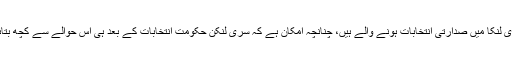
تاہم سری لنکا میں صدارتی انتخابات ہونے والے ہیں، چنانچہ امکان ہے کہ سری لنکن حکومت انتخابات کے بعد ہی اس حوالے سے کچھ بتائے گی۔